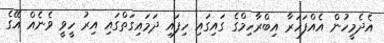
އެދެމީހުން އެއްފަހަރާ އިބްރާހިމްގެ ގައިގައި ހިފައި ދަމައިގަތްގައި އިރު ހީވީ ވެނެއް އޭގެ